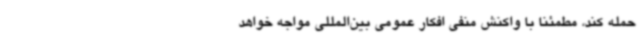
حمله کند، مطمئنا با واکنش منفی افکار عمومی بین‌المللی مواجه خواهد